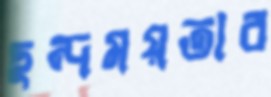
ছন্দময়তার